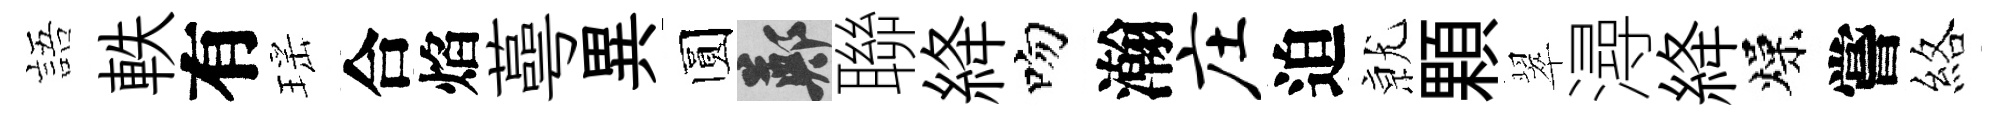
語軼有瑶合焰蕚異圆鄭聯絳吻瀚庄迫𭕒顆翠潯絳燥嘗絡